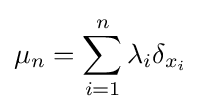
\mu _{n}=\sum _{i=1}^{n}\lambda _{i}\delta _{x_{i}}